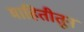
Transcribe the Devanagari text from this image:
माहितीतून